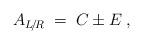
LaTeX: \begin{align*}A_{L\!/\!R} \;=\; C \pm E \;, \end{align*}